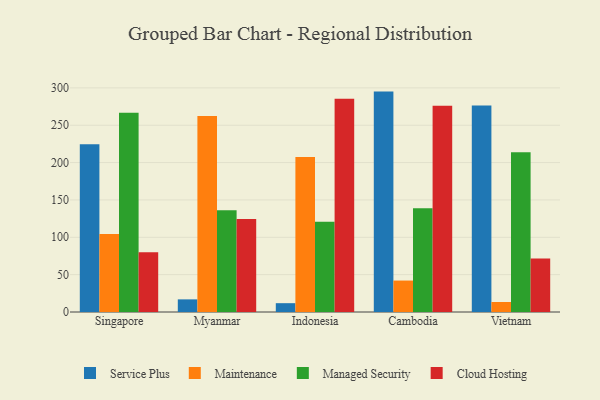
{"axis": {"x": "Country", "y": "Demand Index"}, "legend": ["Cloud Hosting", "Maintenance", "Managed Security", "Service Plus"], "data": [{"x": "Singapore", "y": 224.4, "type": "Service Plus"}, {"x": "Singapore", "y": 104.5, "type": "Maintenance"}, {"x": "Singapore", "y": 266.8, "type": "Managed Security"}, {"x": "Singapore", "y": 79.9, "type": "Cloud Hosting"}, {"x": "Myanmar", "y": 16.9, "type": "Service Plus"}, {"x": "Myanmar", "y": 262.4, "type": "Maintenance"}, {"x": "Myanmar", "y": 136.3, "type": "Managed Security"}, {"x": "Myanmar", "y": 124.5, "type": "Cloud Hosting"}, {"x": "Indonesia", "y": 11.8, "type": "Service Plus"}, {"x": "Indonesia", "y": 207.6, "type": "Maintenance"}, {"x": "Indonesia", "y": 120.7, "type": "Managed Security"}, {"x": "Indonesia", "y": 285.4, "type": "Cloud Hosting"}, {"x": "Cambodia", "y": 295.0, "type": "Service Plus"}, {"x": "Cambodia", "y": 42.1, "type": "Maintenance"}, {"x": "Cambodia", "y": 138.7, "type": "Managed Security"}, {"x": "Cambodia", "y": 276.1, "type": "Cloud Hosting"}, {"x": "Vietnam", "y": 276.4, "type": "Service Plus"}, {"x": "Vietnam", "y": 13.4, "type": "Maintenance"}, {"x": "Vietnam", "y": 213.8, "type": "Managed Security"}, {"x": "Vietnam", "y": 71.7, "type": "Cloud Hosting"}]}